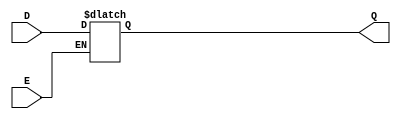
module async_gated_latch (
    input wire D,      // Data input
    input wire E,      // Enable signal
    output reg Q       // Output
);

// Always block to implement the latch behavior
always @(*) begin
    if (E) begin
        Q = D;        // Capture the value of D when E is high
    end
    // When E is low, Q retains its previous value (no assignment needed)
end

endmodule